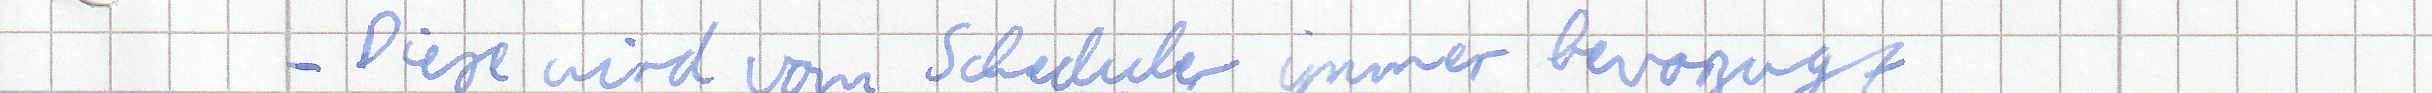
- Diese wird vom Scheduler immer bevorzugt